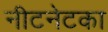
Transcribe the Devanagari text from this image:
नीटनेटका